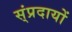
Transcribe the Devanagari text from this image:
स्ंप्रदायों